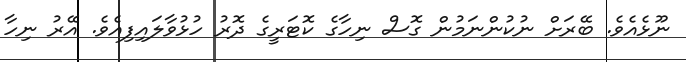
ނޫޅެއެވެ. ބޭރަށް ނުކުންނަމުން ގޮސް ނިހާގެ ކޮޓަރީގެ ދޮރު ހުޅުވާލައިފިއެވެ. އޭރު ނިހާ